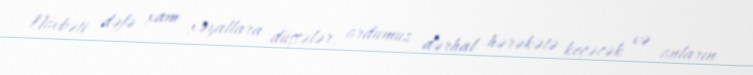
Növbəti dəfə xam xəyallara düşsələr, ordumuz dərhal hərəkətə keçəcək və onların